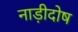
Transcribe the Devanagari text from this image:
नाड़ीदोष